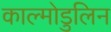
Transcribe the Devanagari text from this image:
काल्मोडुलिन